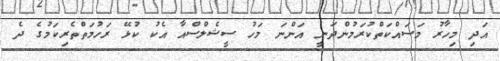
އަދި މިހާރު މަސައްކަތްކުރަމުންދަނީ އަންނަ މަހު ސީޝެލްސްއާ އެކު ކުޅޭ ރަހުމަތްތެރިކަމުގެ ދެ